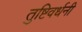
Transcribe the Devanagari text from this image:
तुष्टिवर्धनी